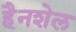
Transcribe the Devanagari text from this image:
हैनशेल